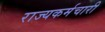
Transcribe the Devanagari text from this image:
राज्यकर्मचारी